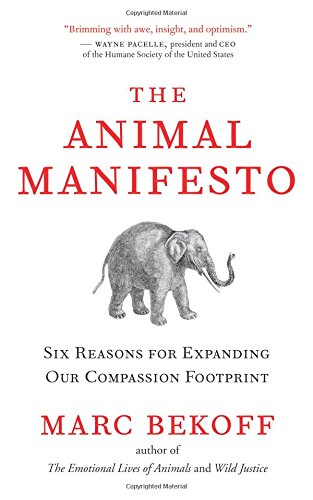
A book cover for The Animal Manifesto: Six Reasons for Expanding Our Compassion Footprint; Ph.D. Marc Bekoff; Science & Math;